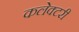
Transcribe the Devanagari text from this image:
कलेक्टरी